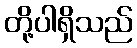
တို့ပါရှိသည်